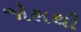
જોશથી